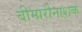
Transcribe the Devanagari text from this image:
बीमारीनाशक